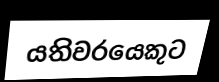
යතිවරයෙකුට